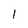
Character: l